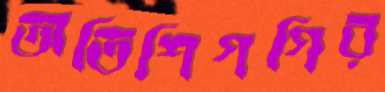
অতিশিগগির